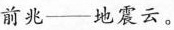
前兆——地震云。